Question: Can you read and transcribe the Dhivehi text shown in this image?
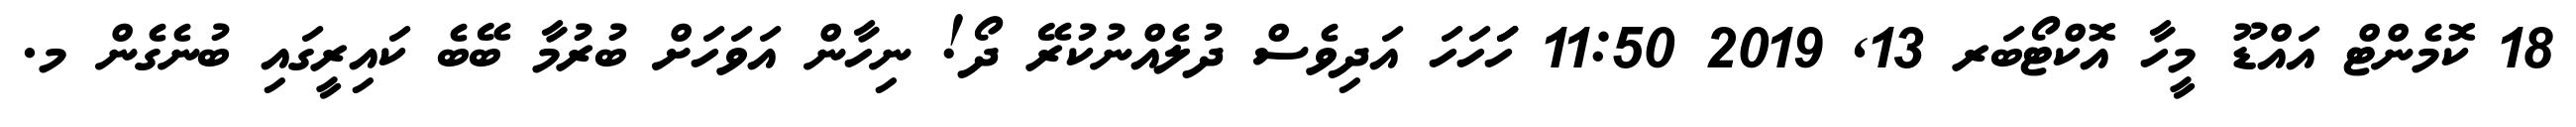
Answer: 18 ކޮމެންޓް އައްޑޫ މީހާ އޮކްޓޯބަރ 13, 2019 11:50 ހަަަހަހަ އަދިވެސް ދުލެއްނުކުރޭ ދޯ! ނިހާން އަވަހަށް ބުރުމާ ބޭބެ ކައިރީގައި ބުނެގެން މ.